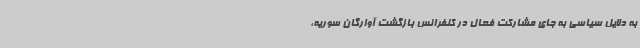
به دلایل سیاسی به جای مشارکت فعال در کنفرانس بازگشت آوارگان سوریه،